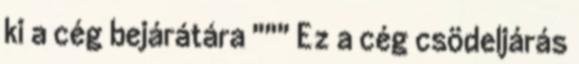
ki a cég bejárátára """ Ez a cég csödeljárás